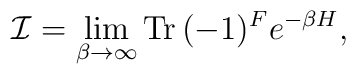
{\cal I}=\lim_{\beta\rightarrow \infty}{\rm Tr}\,(-1)^Fe^{-\beta H},